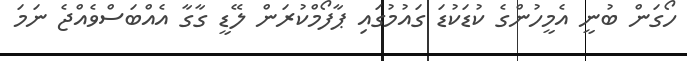
ހޯގަން ބުނީ އެމީހުންގެ ކުޑަކުޑަ ގައުމުގައި ޕާފޯމްކުރަން ލޭޑީ ގާގާ އެއްބަސްވެއްޖެ ނަމަ